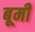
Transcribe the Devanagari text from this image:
बूमी